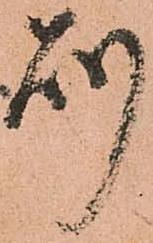
則